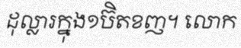
ដុល្លារក្នុង១ប៊ិតខញ។ លោក